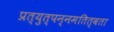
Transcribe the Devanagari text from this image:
प्रत्युत्पन्नमतित्वता